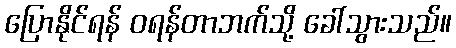
ပြောနိုင်ရန် ဝရန်တာဘက်သို့ ခေါ်သွားသည်။